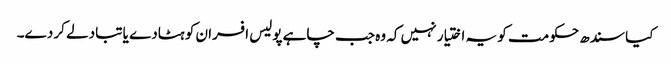
کیا سندھ حکومت کو یہ اختیار نہیں کہ وہ جب چاہے پولیس افسران کو ہٹادے یا تبادلے کر دے۔